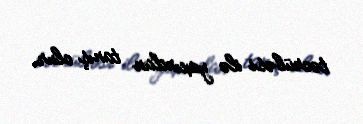
təcrübəsi ilə yaxından tanış olur.